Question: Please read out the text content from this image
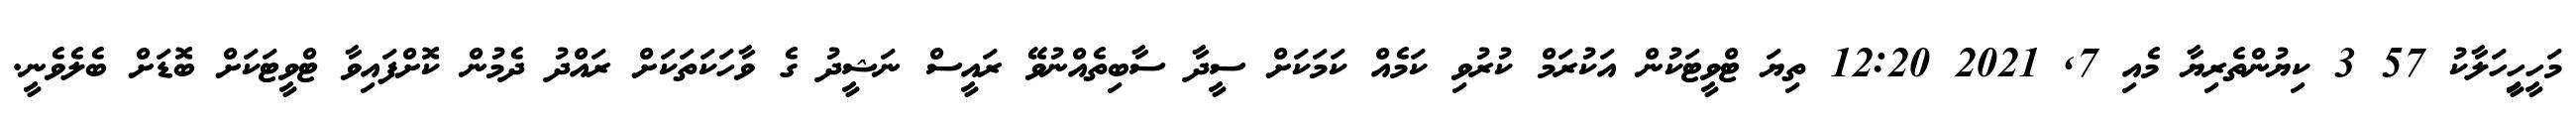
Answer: މަހީހިީހަލާކު 57 3 ކިޔުންތެރިޔާ މެއި 7, 2021 12:20 ތިޔަ ޓްވީޓަކުން އަކުރަމް ކުރުވި ކަމެއް ކަމަކަށް ސީދާ ސާބިތެއްނުވޭ ރައީސް ނަޝީދު ގެ ވާހަކަތަކަށް ރައްދު ދެމުން ކޮށްފައިވާ ޓްވީޓަކަށް ބޮޑަށް ބެލެވެނީ.